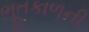
ભૂતકાળની